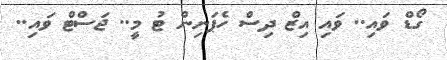
ގޯޑް ވައި.. ވައި އިޒް ދިސް ހެޕަނިން ޓު މީ.. ޖަސްޓް ވައި..